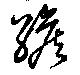
緱